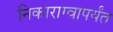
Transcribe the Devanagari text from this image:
निकाराग्वापर्यंत